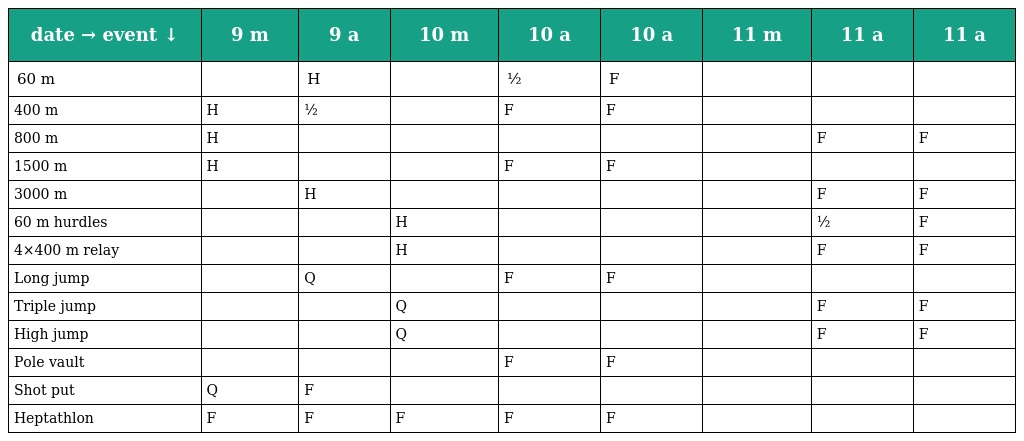
| date → event ↓ | 9 m | 9 a | 10 m | 10 a | 10 a | 11 m | 11 a | 11 a |
 | --- | --- | --- | --- | --- | --- | --- | --- | --- |
 | 60 m |  | H |  | ½ | F |  |  |  |
 | 400 m | H | ½ |  | F | F |  |  |  |
 | 800 m | H |  |  |  |  |  | F | F |
 | 1500 m | H |  |  | F | F |  |  |  |
 | 3000 m |  | H |  |  |  |  | F | F |
 | 60 m hurdles |  |  | H |  |  |  | ½ | F |
 | 4×400 m relay |  |  | H |  |  |  | F | F |
 | Long jump |  | Q |  | F | F |  |  |  |
 | Triple jump |  |  | Q |  |  |  | F | F |
 | High jump |  |  | Q |  |  |  | F | F |
 | Pole vault |  |  |  | F | F |  |  |  |
 | Shot put | Q | F |  |  |  |  |  |  |
 | Heptathlon | F | F | F | F | F |  |  |  |